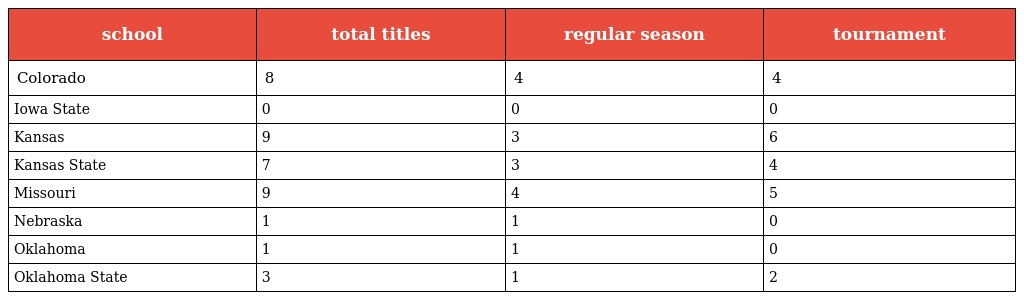
| school | total titles | regular season | tournament |
 | --- | --- | --- | --- |
 | Colorado | 8 | 4 | 4 |
 | Iowa State | 0 | 0 | 0 |
 | Kansas | 9 | 3 | 6 |
 | Kansas State | 7 | 3 | 4 |
 | Missouri | 9 | 4 | 5 |
 | Nebraska | 1 | 1 | 0 |
 | Oklahoma | 1 | 1 | 0 |
 | Oklahoma State | 3 | 1 | 2 |